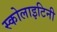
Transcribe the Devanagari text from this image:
स्कोलाइटिनी